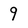
Character: 9